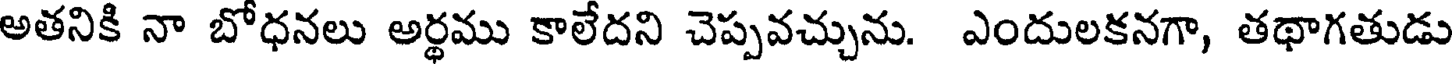
అతనికి నా బోధనలు అర్థము కాలేదని చెప్పవచ్చును. ఎందులకనగా, తథాగతుడు